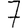
Digit: 7